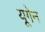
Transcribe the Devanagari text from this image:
यूगेन